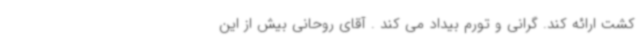
کشت ارائه کند. گرانی و تورم بیداد می کند . آقای روحانی بیش از این